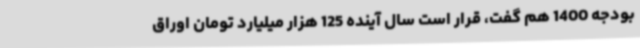
بودجه 1400 هم گفت، قرار است سال آینده 125 هزار میلیارد تومان اوراق